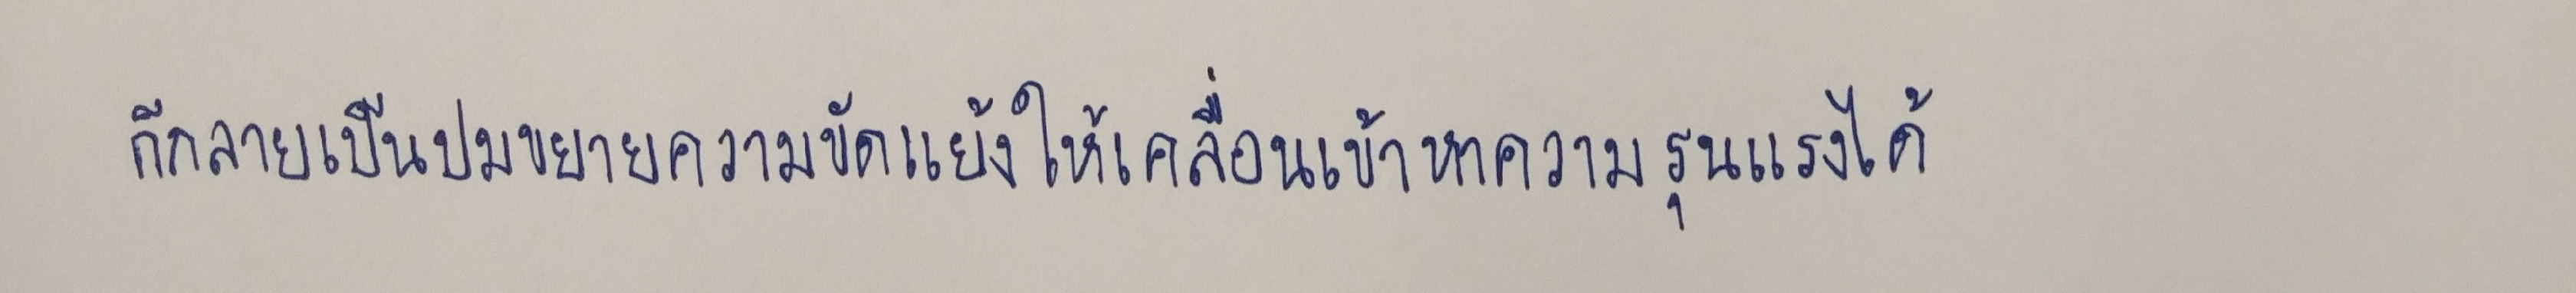
ก็กลายเป็นปมขยายความขัดแย้งให้เคลื่อนเข้าหาความรุนแรงได้